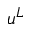
u ^ { L }